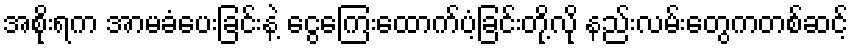
အစိုးရက အာမခံပေးခြင်းနဲ့ ငွေကြေးထောက်ပံ့ခြင်းတို့လို နည်းလမ်းတွေကတစ်ဆင့်